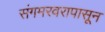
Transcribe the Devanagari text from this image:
संगमरवरापासून